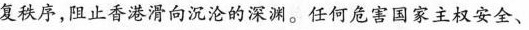
复秩序，阻止香港滑向沉沦的深渊。任何危害国家主权安全、